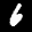
Label: 6